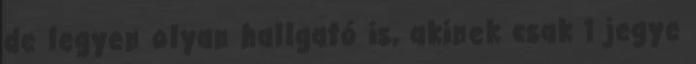
de legyen olyan hallgató is, akinek csak 1 jegye